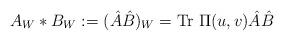
LaTeX: \begin{align*}A_W*B_W := (\hat{A}\hat{B})_W = {\rm Tr}~\Pi(u,v)\hat{A}\hat{B}\end{align*}